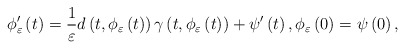
\begin{align*}\phi _{\varepsilon }^{\prime }\left( t\right) =\frac{1}{\varepsilon }d\left(t,\phi _{\varepsilon }\left( t\right) \right) \gamma \left( t,\phi_{\varepsilon }\left( t\right) \right) +\psi ^{\prime }\left( t\right),\phi _{\varepsilon }\left( 0\right) =\psi \left( 0\right) ,\end{align*}